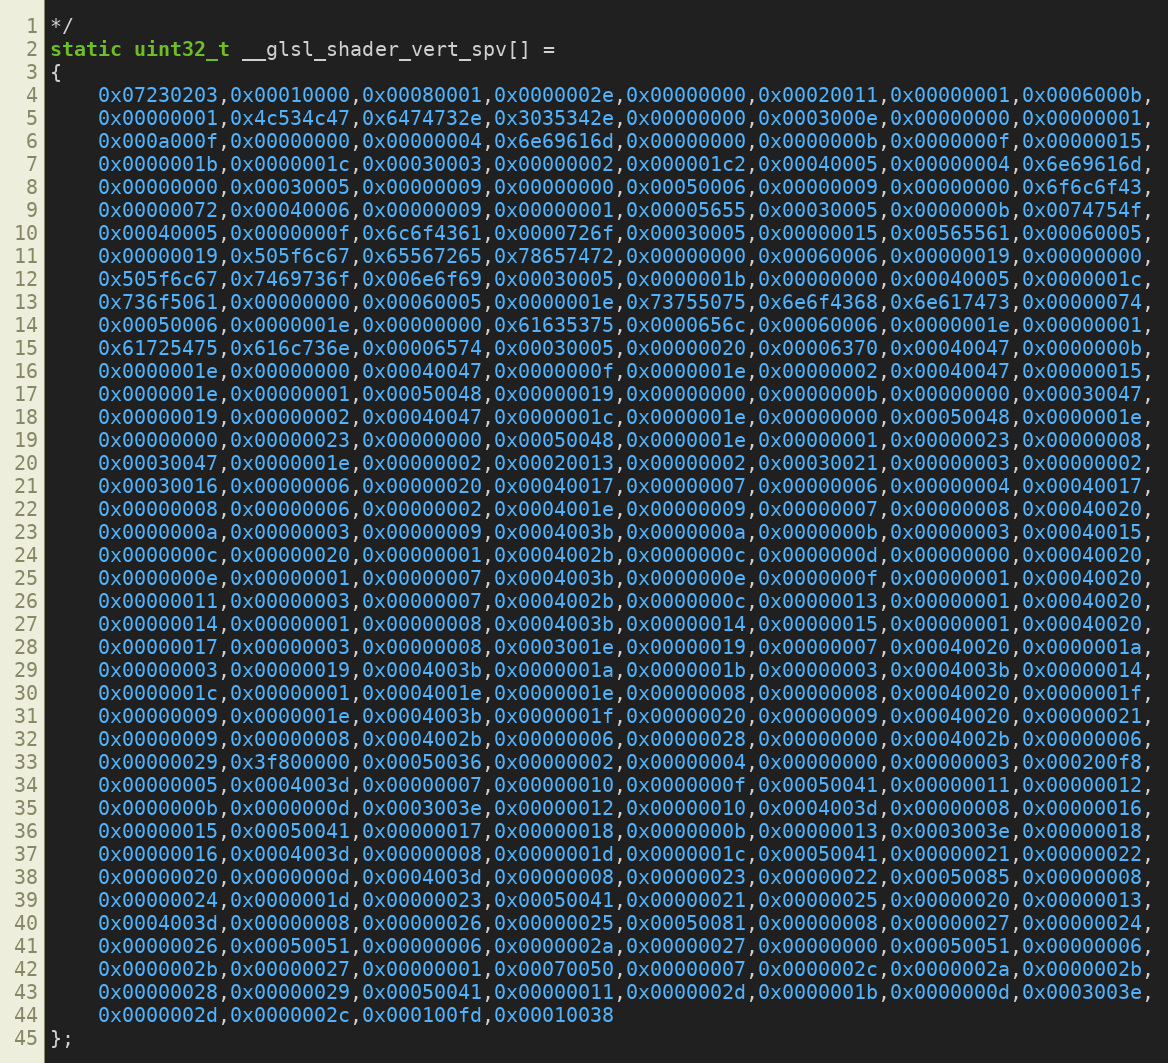
Language: C++
*/
static uint32_t __glsl_shader_vert_spv[] =
{
    0x07230203,0x00010000,0x00080001,0x0000002e,0x00000000,0x00020011,0x00000001,0x0006000b,
    0x00000001,0x4c534c47,0x6474732e,0x3035342e,0x00000000,0x0003000e,0x00000000,0x00000001,
    0x000a000f,0x00000000,0x00000004,0x6e69616d,0x00000000,0x0000000b,0x0000000f,0x00000015,
    0x0000001b,0x0000001c,0x00030003,0x00000002,0x000001c2,0x00040005,0x00000004,0x6e69616d,
    0x00000000,0x00030005,0x00000009,0x00000000,0x00050006,0x00000009,0x00000000,0x6f6c6f43,
    0x00000072,0x00040006,0x00000009,0x00000001,0x00005655,0x00030005,0x0000000b,0x0074754f,
    0x00040005,0x0000000f,0x6c6f4361,0x0000726f,0x00030005,0x00000015,0x00565561,0x00060005,
    0x00000019,0x505f6c67,0x65567265,0x78657472,0x00000000,0x00060006,0x00000019,0x00000000,
    0x505f6c67,0x7469736f,0x006e6f69,0x00030005,0x0000001b,0x00000000,0x00040005,0x0000001c,
    0x736f5061,0x00000000,0x00060005,0x0000001e,0x73755075,0x6e6f4368,0x6e617473,0x00000074,
    0x00050006,0x0000001e,0x00000000,0x61635375,0x0000656c,0x00060006,0x0000001e,0x00000001,
    0x61725475,0x616c736e,0x00006574,0x00030005,0x00000020,0x00006370,0x00040047,0x0000000b,
    0x0000001e,0x00000000,0x00040047,0x0000000f,0x0000001e,0x00000002,0x00040047,0x00000015,
    0x0000001e,0x00000001,0x00050048,0x00000019,0x00000000,0x0000000b,0x00000000,0x00030047,
    0x00000019,0x00000002,0x00040047,0x0000001c,0x0000001e,0x00000000,0x00050048,0x0000001e,
    0x00000000,0x00000023,0x00000000,0x00050048,0x0000001e,0x00000001,0x00000023,0x00000008,
    0x00030047,0x0000001e,0x00000002,0x00020013,0x00000002,0x00030021,0x00000003,0x00000002,
    0x00030016,0x00000006,0x00000020,0x00040017,0x00000007,0x00000006,0x00000004,0x00040017,
    0x00000008,0x00000006,0x00000002,0x0004001e,0x00000009,0x00000007,0x00000008,0x00040020,
    0x0000000a,0x00000003,0x00000009,0x0004003b,0x0000000a,0x0000000b,0x00000003,0x00040015,
    0x0000000c,0x00000020,0x00000001,0x0004002b,0x0000000c,0x0000000d,0x00000000,0x00040020,
    0x0000000e,0x00000001,0x00000007,0x0004003b,0x0000000e,0x0000000f,0x00000001,0x00040020,
    0x00000011,0x00000003,0x00000007,0x0004002b,0x0000000c,0x00000013,0x00000001,0x00040020,
    0x00000014,0x00000001,0x00000008,0x0004003b,0x00000014,0x00000015,0x00000001,0x00040020,
    0x00000017,0x00000003,0x00000008,0x0003001e,0x00000019,0x00000007,0x00040020,0x0000001a,
    0x00000003,0x00000019,0x0004003b,0x0000001a,0x0000001b,0x00000003,0x0004003b,0x00000014,
    0x0000001c,0x00000001,0x0004001e,0x0000001e,0x00000008,0x00000008,0x00040020,0x0000001f,
    0x00000009,0x0000001e,0x0004003b,0x0000001f,0x00000020,0x00000009,0x00040020,0x00000021,
    0x00000009,0x00000008,0x0004002b,0x00000006,0x00000028,0x00000000,0x0004002b,0x00000006,
    0x00000029,0x3f800000,0x00050036,0x00000002,0x00000004,0x00000000,0x00000003,0x000200f8,
    0x00000005,0x0004003d,0x00000007,0x00000010,0x0000000f,0x00050041,0x00000011,0x00000012,
    0x0000000b,0x0000000d,0x0003003e,0x00000012,0x00000010,0x0004003d,0x00000008,0x00000016,
    0x00000015,0x00050041,0x00000017,0x00000018,0x0000000b,0x00000013,0x0003003e,0x00000018,
    0x00000016,0x0004003d,0x00000008,0x0000001d,0x0000001c,0x00050041,0x00000021,0x00000022,
    0x00000020,0x0000000d,0x0004003d,0x00000008,0x00000023,0x00000022,0x00050085,0x00000008,
    0x00000024,0x0000001d,0x00000023,0x00050041,0x00000021,0x00000025,0x00000020,0x00000013,
    0x0004003d,0x00000008,0x00000026,0x00000025,0x00050081,0x00000008,0x00000027,0x00000024,
    0x00000026,0x00050051,0x00000006,0x0000002a,0x00000027,0x00000000,0x00050051,0x00000006,
    0x0000002b,0x00000027,0x00000001,0x00070050,0x00000007,0x0000002c,0x0000002a,0x0000002b,
    0x00000028,0x00000029,0x00050041,0x00000011,0x0000002d,0x0000001b,0x0000000d,0x0003003e,
    0x0000002d,0x0000002c,0x000100fd,0x00010038
};